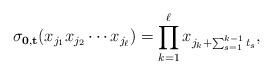
LaTeX: \begin{align*}\sigma_{{\bf 0},{\bf t}}(x_{j_1}x_{j_2}\cdots x_{j_{\ell}})=\prod_{k=1}^{\ell}x_{j_k+\sum_{s=1}^{k-1}t_s},\end{align*}